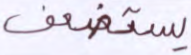
يستضعف